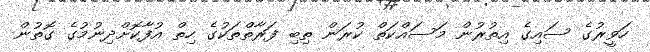
ހަވީރުގެ ސައިގެ އިތުރުން މަސައްކަތް ކުރަން ތިބި ފަރާތްތަކުގެ ހިތް އުފާކޮށްދިނުމުގެ ގޮތުން